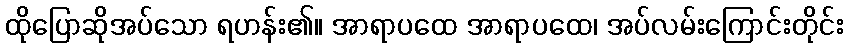
ထိုပြောဆိုအပ်သော ရဟန်း၏။ အာရာပထေ အာရာပထေ၊ အပ်လမ်းကြောင်းတိုင်း